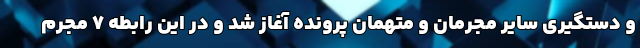
و دستگیری سایر مجرمان و متهمان پرونده آغاز شد و در این رابطه ۷ مجرم